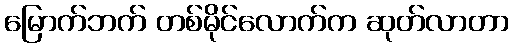
မြောက်ဘက် တစ်မိုင်လောက်က ဆုတ်လာတာ